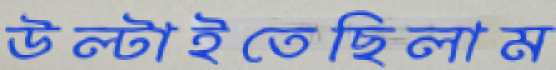
উল্‌টাইতেছিলাম